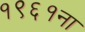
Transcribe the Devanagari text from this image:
१९६१ना